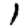
Digit: 1